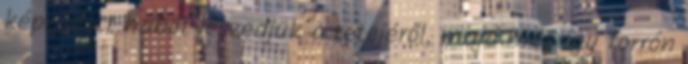
képződött habot leszedjük a tetejéről, majd még így forrón